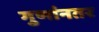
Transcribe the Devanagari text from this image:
गुणांनतर